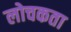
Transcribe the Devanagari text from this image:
लोचकता